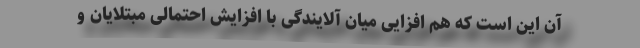
آن این است که هم افزایی میان آلایندگی با افزایش احتمالی مبتلایان و